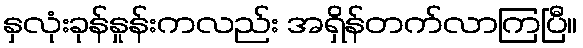
နှလုံးခုန်နှုန်းကလည်း အရှိန်တက်လာကြပြီ။